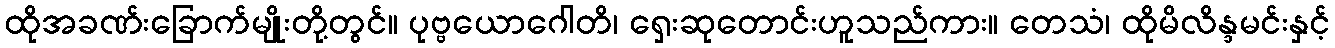
ထိုအခဏ်းခြောက်မျိုးတို့တွင်။ ပုဗ္ဗယောဂေါတိ၊ ရှေးဆုတောင်းဟူသည်ကား။ တေသံ၊ ထိုမိလိန္ဒမင်းနှင့်